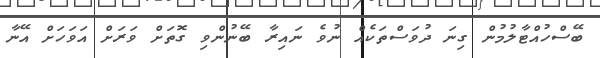
ބޭސްހުއްޓާލުމުން ގިނަ ދުވަސްތަކެއް ނުވެ ނައިރާ ބޭނުންވި ގޮތަށް ވަރަށް އަވަހަށް އޭނާ